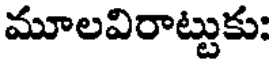
మూలవిరాట్టుకు: